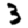
Digit: 3